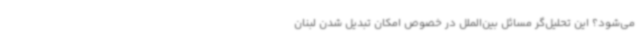
می‌شود؟ این تحلیل‌گر مسائل بین‌الملل در خصوص امکان تبدیل شدن لبنان